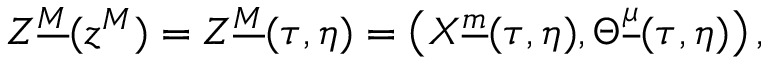
Z ^ { \underline { { M } } } ( z ^ { M } ) = Z ^ { \underline { { M } } } ( \tau , \eta ) = \left( X ^ { \underline { { m } } } ( \tau , \eta ) , \Theta ^ { \underline { { \mu } } } ( \tau , \eta ) \right) ,